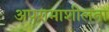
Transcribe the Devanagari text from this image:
अपरामाशीलता